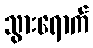
သွားရောက်